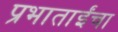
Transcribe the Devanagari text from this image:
प्रभाताईंचा